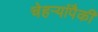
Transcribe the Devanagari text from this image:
चेहऱ्यांपैकी